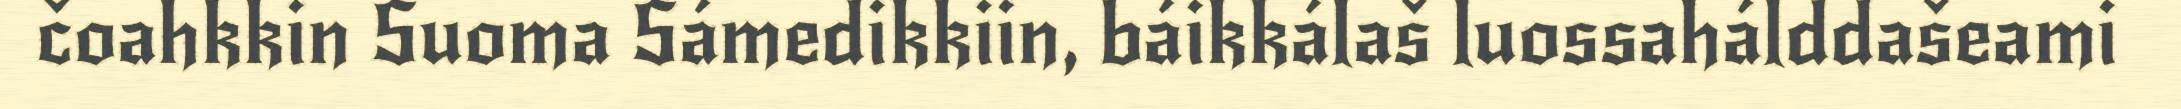
čoahkkin Suoma Sámedikkiin, báikkálaš luossahálddašeami